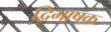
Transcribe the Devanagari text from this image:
द्विभाषक